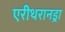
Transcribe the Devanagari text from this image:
एरीथरानड्रा